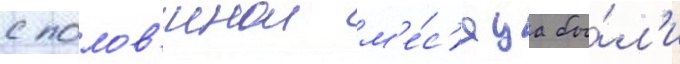
с полов'инои м'е́с'яца бы́л'и